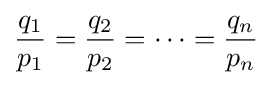
{\frac {q_{1}}{p_{1}}}={\frac {q_{2}}{p_{2}}}=\cdots ={\frac {q_{n}}{p_{n}}}